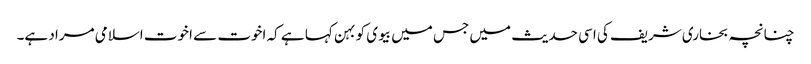
چنانچہ بخاری شریف کی اسی حدیث میں جس میں بیوی کو بہن کہا ہے کہ اخوت سے اخوت اسلامی مراد ہے۔